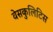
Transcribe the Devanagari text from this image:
वेसकुलिटिस